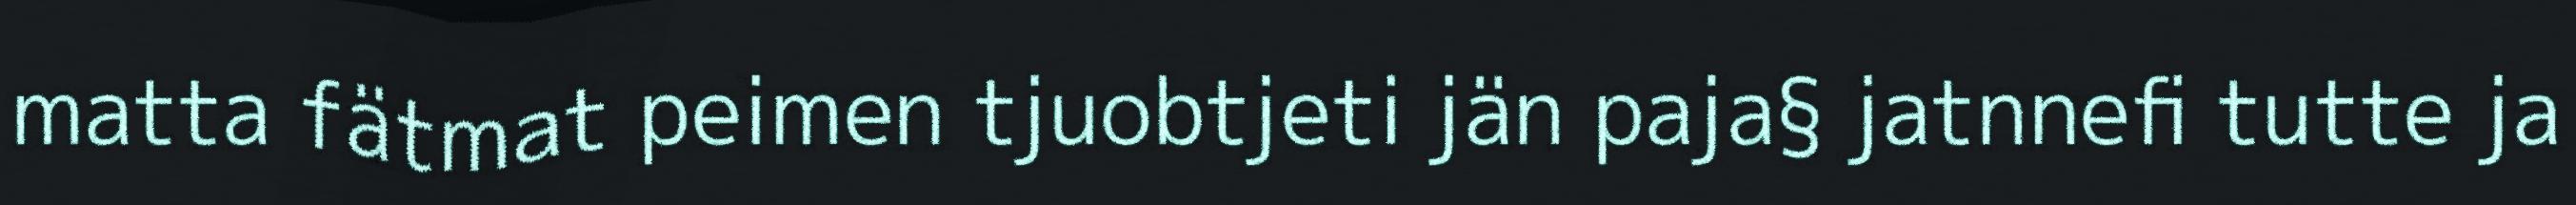
matta fätmat peimen tjuobtjeti jän paja§ jatnnefi tutte ja